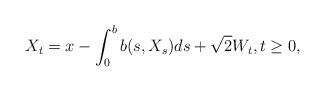
LaTeX: \begin{align*}X_t=x - \int_0^b b(s,X_s)ds + \sqrt{2}W_t, t \geq 0,\end{align*}